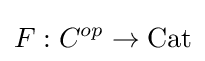
F:C^{op}\to {\textrm {Cat}}